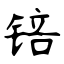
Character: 锫